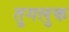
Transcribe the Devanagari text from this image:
तुगलुक